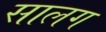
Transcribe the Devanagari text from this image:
सालग